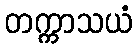
တက္ကာသယံ